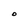
Character: O